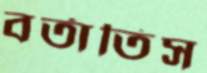
বর্তাতিস